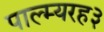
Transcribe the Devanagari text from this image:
पाल्म्यरह३